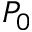
P _ { 0 }